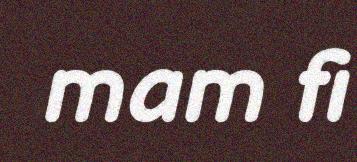
mam fi